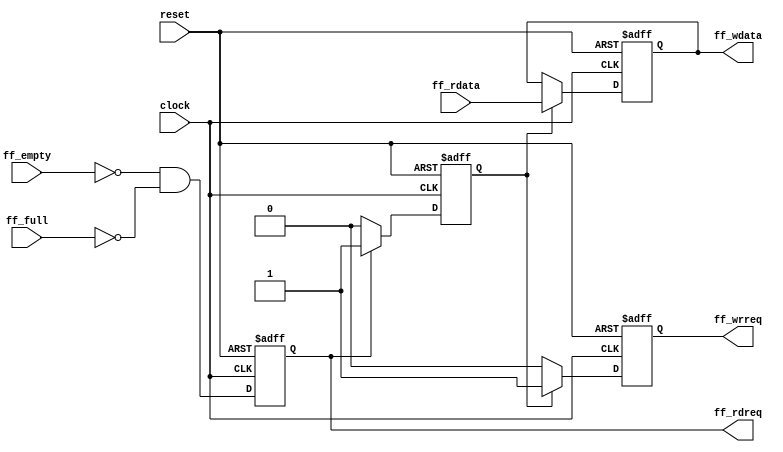
module core (
    clock,
    reset,
    // FIFO READ
    ff_rdata,
    ff_rdreq,
    ff_empty,
    // FIFO WRITE
    ff_wdata,
    ff_wrreq,
    ff_full
);
//
parameter DWIDTH = 24;
//
input   clock;
input   reset;
// FIFO READ
input [DWIDTH-1:0] ff_rdata;
output reg   ff_rdreq;
input ff_empty;
// FIFO WRITE
output [DWIDTH-1:0]   ff_wdata;
output              ff_wrreq;
input               ff_full;
//
wire start;
assign start = (ff_empty == 0 && ff_full==0);

reg data_valid_in;
//
reg [DWIDTH-1:0]    data_out;
reg data_valid_out;
//

// assign ff_rdreq = start;
assign ff_wdata = data_out;
assign ff_wrreq = data_valid_out;

always @(posedge clock or posedge reset) begin
    if(reset) begin
        ff_rdreq <= 1'b0;
    end
    else begin
        ff_rdreq <= start;
    end
end

always @(posedge clock or posedge reset) begin
    if(reset) begin
        data_valid_in <= 1'b0;     
    end
    else begin
        if (ff_rdreq==1) begin
            data_valid_in <= 1'b1;
        end
        else begin
            data_valid_in <= 1'b0;
        end

    end
end
// Example for 1 clk
always @(posedge clock or posedge reset) begin
    if(reset) begin
        data_out <= {DWIDTH{1'b0}};
        data_valid_out <= 1'b0;     
    end
    else begin
        if(data_valid_in) begin
            data_out <= ff_rdata;
            data_valid_out <= 1'b1;
        end
        else begin
            data_valid_out <= 1'b0;
        end
    end
end

endmodule